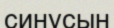
синусын